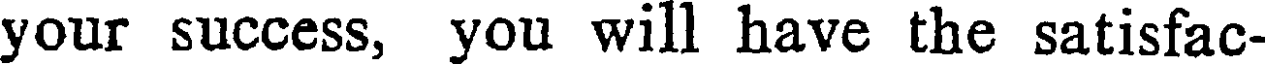
your success, you will have the satisfac-